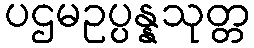
ပဌမဥပ္ပန္နသုတ္တ